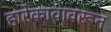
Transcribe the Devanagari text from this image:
हारेकावावरून